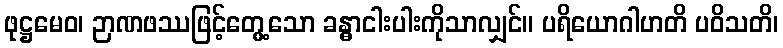
ဖုဋ္ဌမေဝ၊ ဉာဏဖဿဖြင့်တွေ့သော ခန္ဓာငါးပါးကိုသာလျှင်။ ပရိယောဂါဟတိ ပဝိသတိ၊